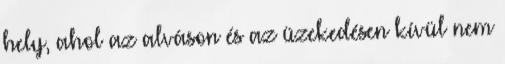
hely, ahol az alváson és az üzekedésen kívül nem